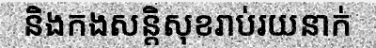
និងកងសន្តិសុខរាប់រយនាក់